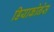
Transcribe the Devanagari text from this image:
डियाकोनेस